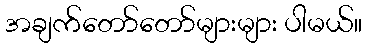
အချက်တော်တော်များများ ပါမယ်။